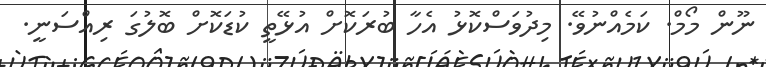
ނޫން މޯމް. ކަމެއްނުވޭ. މިދުވަސްކޮޅު އެހާ ބުރަކޮށް އުޅޭތީ ކުޑަކޮށް ބޮލުގަ ރިއްސަނީ.